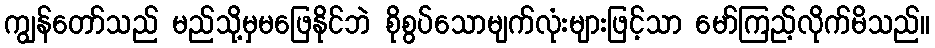
ကျွန်တော်သည် မည်သို့မှမဖြေနိုင်ဘဲ စိုစွပ်သောမျက်လုံးများဖြင့်သာ မော်ကြည့်လိုက်မိသည်။